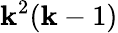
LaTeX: \mathbf{k}^{2}(\mathbf{k}-1)